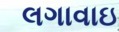
લગાવાઇ